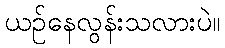
ယဉ်နေလွန်းသလားပဲ။